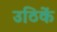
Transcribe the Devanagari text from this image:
उठिकें